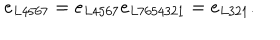
LaTeX: e _ { L 4 5 6 7 } = e _ { L 4 5 6 7 } e _ { L 7 6 5 4 3 2 1 } = e _ { L 3 2 1 } . \nonumber